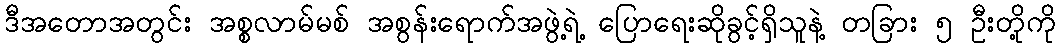
ဒီအတောအတွင်း အစ္စလာမ်မစ် အစွန်းရောက်အဖွဲ့ရဲ့ ပြောရေးဆိုခွင့်ရှိသူနဲ့ တခြား ၅ ဦးတို့ကို